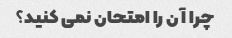
چرا آن را امتحان نمی کنید؟